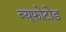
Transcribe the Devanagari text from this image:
ब्यूफोटोड